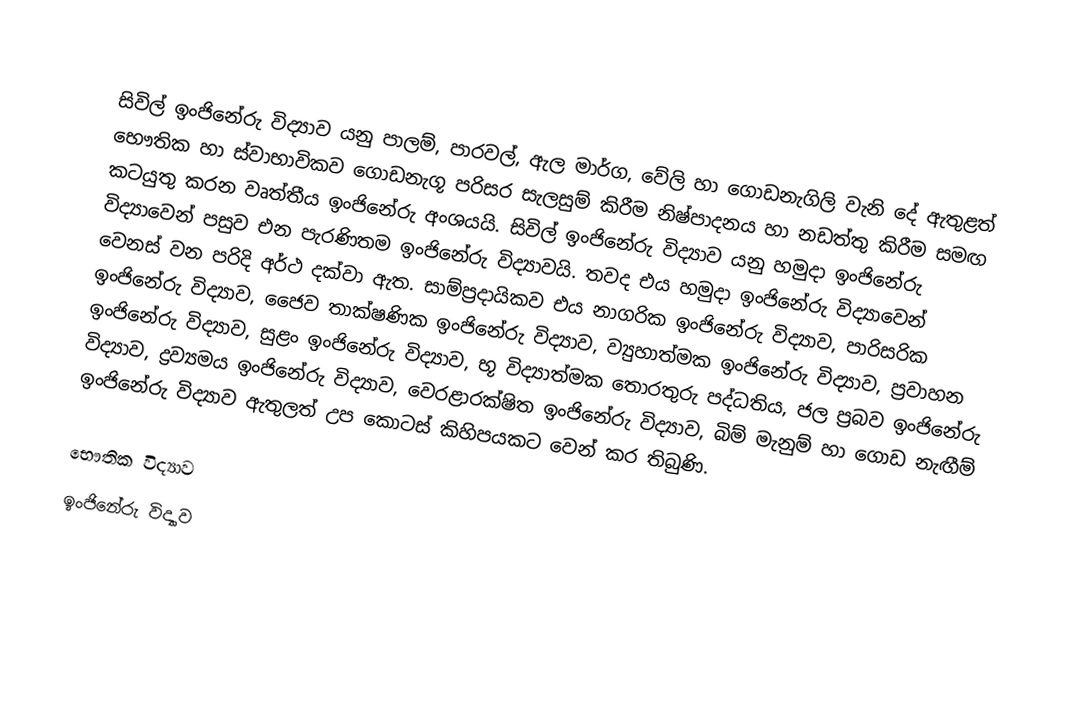
‍
සිවිල් ඉංජිනේරු විද්‍යාව යනු පාලම්, පාරවල්, ඇල මාර්ග, වේලි හා ගොඩනැගිලි වැනි දේ ඇතුළත් භෞතික හා ස්වාභාවිකව ගොඩනැගූ පරිසර සැලසුම් කිරීම නිෂ්පාදනය හා නඩත්තු කිරීම සමඟ කටයුතු කරන වෘත්තීය ඉංජිනේරු අංශයයි. සිවිල් ඉංජිනේරු විද්‍යාව යනු හමුදා ඉංජිනේරු විද්‍යාවෙන් පසුව එන පැරණිතම ඉංජි‍නේරු විද්‍යාවයි. තවද එය හමුදා ඉංජි‍නේරු විද්‍යාවෙන් වෙනස් වන පරිදි අර්ථ දක්වා ඇත. සාම්ප්‍රදායිකව එය නාගරික ඉංජි‍නේරු විද්‍යාව, පාරිසරික ඉංජිනේරු විද්‍යාව, ජෛව තාක්ෂණික ඉංජිනේරු විද්‍යාව, ව්‍යුහාත්මක ඉංජිනේරු විද්‍යාව, ප්‍රවාහන ඉංජිනේරු විද්‍යාව, සුළං ඉංජිනේරු විද්‍යාව, භූ විද්‍යාත්මක තොරතුරු පද්ධතිය, ජල ප්‍රබව ඉංජිනේරු විද්‍යාව, ද්‍රව්‍යමය ඉංජිනේරු විද්‍යාව, වෙරළාරක්ෂිත ඉංජිනේරු විද්‍යාව, බිම් මැනුම් හා ගොඩ නැඟීම් ඉංජිනේරු විද්‍යාව ඇතුලත් උප කොටස් කිහිපයකට වෙන් කර තිබුණි.

භෞතික විද්‍යාව
ඉංජිනේරු විද්‍යාව